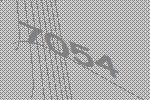
7054